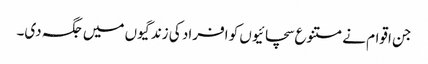
جن اقوام نے متنوع سچائیوں کو افراد کی زندگیوں میں جگہ دی۔